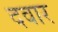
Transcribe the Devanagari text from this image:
दवार